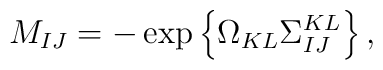
M_{IJ} = -\exp\left\{\Omega_{KL}  \Sigma^{KL}_{IJ} \right\},